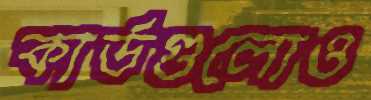
কার্ডগুলোও